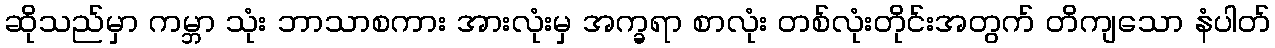
ဆိုသည်မှာ ကမ္ဘာ သုံး ဘာသာစကား အားလုံးမှ အက္ခရာ စာလုံး တစ်လုံးတိုင်းအတွက် တိကျသော နံပါတ်